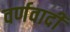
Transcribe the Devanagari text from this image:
वर्णवादी